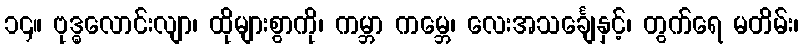
၁၄။ ဗုဒ္ဓလောင်းလျာ၊ ထိုများစွာကို၊ ကမ္ဘာ ကမ္ဘေ၊ လေးအသင်္ချေနှင့်၊ တွက်ရေ မတိမ်း၊